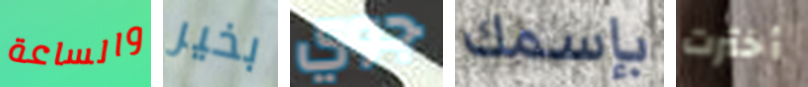
والساعة بخير جوي بإسمك أخترت